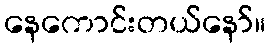
နေကောင်းတယ်နော်။